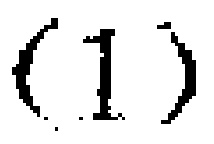
$(1)$